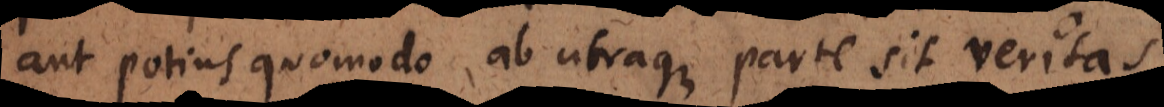
aut potius quomodo ab utraque parte sit veritas.